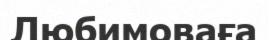
Любимоваға